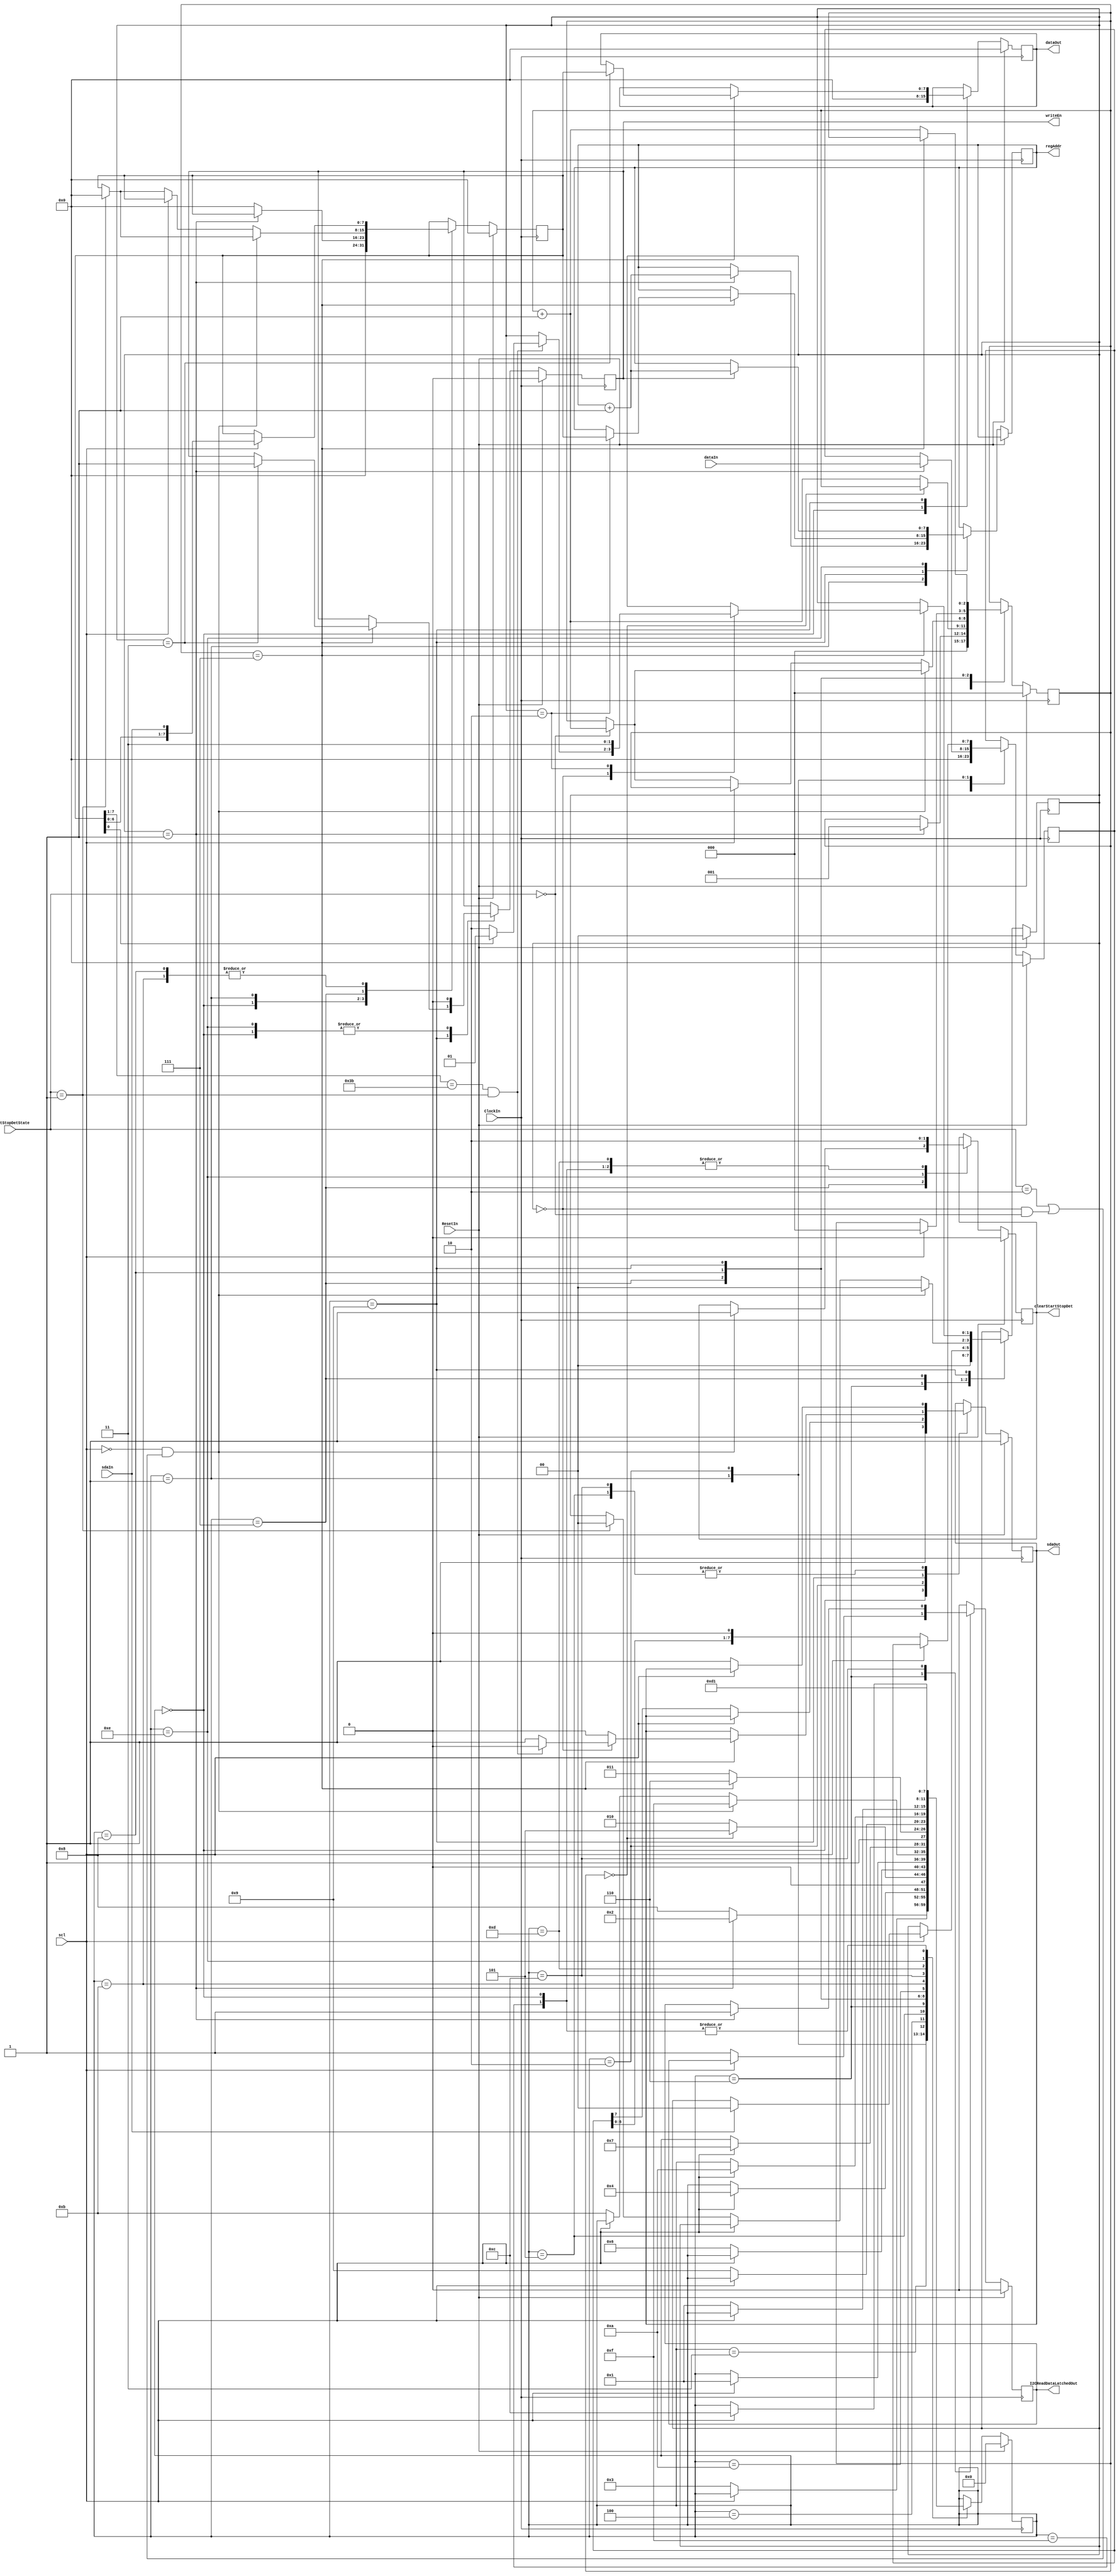
//////////////////////////////////////////////////////////////////////
////                                                              ////
//// serialInterface.v                                            ////
////                                                              ////
//// This file is part of the i2cSlave opencores effort.          ////
//// <http://www.opencores.org/cores//>                           ////
////                                                              ////
//// Module Description:                                          ////
//// Perform all serial to parallel, and parallel                 ////
//// to serial conversions. Perform device address matching       ////
//// Handle arbitrary length I2C reads terminated by NAK          ////
//// from host, and arbitrary length I2C writes terminated        ////
//// by STOP from host                                            ////
//// The second byte of a I2C write is always interpreted         ////
//// as a register address, and becomes the base register address ////
//// for all read and write transactions.                         ////
//// I2C WRITE:    devAddr, regAddr, data[regAddr],               ////
////     data[regAddr+1], ..... data[regAddr+N]                   ////
//// I2C READ:    data[regAddr], data[regAddr+1], .....           ////
////     data[regAddr+N]                                          ////
//// Note that when regAddR reaches 255 it will automatically     ////
////     wrap round to 0                                          ////
////                                                              ////
//// To Do:                                                       ////
////                                                              ////
//// Author(s):                                                   ////
//// - Steve Fielding, sfielding@base2designs.com                 ////
////                                                              ////
//////////////////////////////////////////////////////////////////////
////                                                              ////
//// Copyright (C) 2008 Steve Fielding and OPENCORES.ORG          ////
////                                                              ////
//// This source file may be used and distributed without         ////
//// restriction provided that this copyright statement is not    ////
//// removed from the file and that any derivative work contains  ////
//// the original copyright notice and the associated disclaimer. ////
////                                                              ////
//// This source file is free software; you can redistribute it   ////
//// and/or modify it under the terms of the GNU Lesser General   ////
//// Public License as published by the Free Software Foundation; ////
//// either version 2.1 of the License, or (at your option) any   ////
//// later version.                                               ////
////                                                              ////
//// This source is distributed in the hope that it will be       ////
//// useful, but WITHOUT ANY WARRANTY; without even the implied   ////
//// warranty of MERCHANTABILITY or FITNESS FOR A PARTICULAR      ////
//// PURPOSE. See the GNU Lesser General Public License for more  ////
//// details.                                                     ////
////                                                              ////
//// You should have received a copy of the GNU Lesser General    ////
//// Public License along with this source; if not, download it   ////
//// from <http://www.opencores.org/lgpl.shtml>                   ////
////                                                              ////
//////////////////////////////////////////////////////////////////////

`timescale 1ns / 10ps

module i2cSlaveSerialInterface (

                        ClockIn, 
                        ResetIn, 
                        dataIn,
                        dataOut, 
                        writeEn, 
                        regAddr, 
                        scl, 
                        sdaIn, 
                        sdaOut, 
                        startStopDetState, 
		                clearStartStopDet,
                        I2CReadDataLatchedOut

				        );

//-----Port Parameters-----------------
//

// i2c device address
parameter I2C_ADDRESS = 7'h3b;

// start stop detection states
parameter NULL_DET    = 2'b00;
parameter START_DET   = 2'b01;
parameter STOP_DET    = 2'b10;



//-----Port Signals--------------------
//

input          ClockIn;
input          ResetIn;
input    [7:0] dataIn;
output   [7:0] dataOut;
output         writeEn;
output   [7:0] regAddr;
input          scl;
input          sdaIn;
output         sdaOut;
input    [1:0] startStopDetState;
output         clearStartStopDet;
output         I2CReadDataLatchedOut;


wire           ClockIn;
wire           ResetIn;

wire     [7:0] dataIn;

reg      [7:0] dataOut;
reg      [7:0] next_dataOut;

reg            writeEn;
reg            next_writeEn;

reg      [7:0] regAddr;
reg      [7:0] next_regAddr;

wire           scl;
wire           sdaIn;

reg            sdaOut;
reg            next_sdaOut;

wire     [1:0] startStopDetState;

reg            clearStartStopDet; 
reg            next_clearStartStopDet;

reg            I2CReadDataLatchedOut;


//------Internal Signals-------------------
//

// diagram signals declarations
reg      [2:0] bitCnt;
reg      [2:0] next_bitCnt;

reg      [7:0] rxData;
reg      [7:0] next_rxData;

reg      [1:0] streamSt;
reg      [1:0] next_streamSt;

reg      [7:0] txData;
reg      [7:0] next_txData;

reg      [3:0] CurrState_SISt;
reg      [3:0] NextState_SISt;


//------Define Parameters------------------
//

// stream states
parameter STREAM_IDLE       = 2'b00;
parameter STREAM_READ       = 2'b01;
parameter STREAM_WRITE_ADDR = 2'b10;
parameter STREAM_WRITE_DATA = 2'b11;

// i2c ack and nak
parameter I2C_NAK           = 1'b1;
parameter I2C_ACK           = 1'b0;

// BINARY ENCODED state machine: SISt
// State codes definitions:
parameter START              = 4'b0000;
parameter CHK_RD_WR          = 4'b0001;
parameter READ_RD_LOOP       = 4'b0010;
parameter READ_WT_HI         = 4'b0011;
parameter READ_CHK_LOOP_FIN  = 4'b0100;
parameter READ_WT_LO         = 4'b0101;
parameter READ_WT_ACK        = 4'b0110;
parameter WRITE_WT_LO        = 4'b0111;
parameter WRITE_WT_HI        = 4'b1000;
parameter WRITE_CHK_LOOP_FIN = 4'b1001;
parameter WRITE_LOOP_WT_LO   = 4'b1010;
parameter WRITE_ST_LOOP      = 4'b1011;
parameter WRITE_WT_LO2       = 4'b1100;
parameter WRITE_WT_HI2       = 4'b1101;
parameter WRITE_CLR_WR       = 4'b1110;
parameter WRITE_CLR_ST_STOP  = 4'b1111;


//------Logic Operations-------------------
//

// Diagram actions (continuous assignments allowed only: assign ...)
// diagram ACTION


// Machine: SISt

// NextState logic (combinatorial)
always @ (startStopDetState or 
		  streamSt          or 
		  scl               or 
		  txData            or 
		  bitCnt            or 
		  rxData            or 
		  sdaIn             or 
		  regAddr           or 
		  dataIn            or 
		  sdaOut            or 
		  writeEn           or 
		  dataOut           or 
		  clearStartStopDet or 
		  CurrState_SISt
         )
begin

  NextState_SISt         <= CurrState_SISt;
  // Set default values for outputs and signals
  next_streamSt          <= streamSt;
  next_txData            <= txData;
  next_rxData            <= rxData;
  next_sdaOut            <= sdaOut;
  next_writeEn           <= writeEn;
  next_dataOut           <= dataOut;
  next_bitCnt            <= bitCnt;
  next_clearStartStopDet <= clearStartStopDet;
  next_regAddr           <= regAddr;

  case (CurrState_SISt)  // synopsys parallel_case full_case
    START:
    begin
      next_streamSt  <= STREAM_IDLE;
      next_txData    <= 8'h00;
      next_rxData    <= 8'h00;
      next_sdaOut    <= 1'b1;
      next_writeEn   <= 1'b0;
      next_dataOut   <= 8'h00;
      next_bitCnt    <= 3'b000;
      next_clearStartStopDet  <= 1'b0;
      NextState_SISt <= CHK_RD_WR;
      //I2CReadDataLatchedOut <= 0;
    end
    CHK_RD_WR:
    begin
      if (streamSt == STREAM_READ)
      begin
        NextState_SISt <= READ_RD_LOOP;
        next_txData    <= dataIn;
        next_regAddr   <= regAddr + 1'b1;
        next_bitCnt    <= 3'b001;
        //I2CReadDataLatchedOut <= ~I2CReadDataLatchedOut;
      end
      else
      begin
        NextState_SISt <= WRITE_WT_HI;
        next_rxData    <= 8'h00;
      end
    end
    READ_RD_LOOP:
    begin
      if (scl == 1'b0)
      begin
        NextState_SISt <= READ_WT_HI;
        next_sdaOut    <= txData [7];
        next_txData    <= {txData [6:0], 1'b0};
      end
    end
    READ_WT_HI:
    begin
      if (scl == 1'b1)
      begin
        NextState_SISt <= READ_CHK_LOOP_FIN;
      end
    end
    READ_CHK_LOOP_FIN:
    begin
      if (bitCnt == 3'b000)
      begin
        NextState_SISt <= READ_WT_LO;
      end
      else
      begin
        NextState_SISt <= READ_RD_LOOP;
        next_bitCnt    <= bitCnt + 1'b1;
        //if (bitCnt == 3)  I2CReadDataLatchedOut <= ~I2CReadDataLatchedOut;
      end
    end
    READ_WT_LO: begin
      if (scl == 1'b0) begin
        NextState_SISt <= READ_WT_ACK;
        next_sdaOut <= 1'b1;
      end
    end
    READ_WT_ACK: begin
        if (scl == 1'b1) begin
            NextState_SISt    <= CHK_RD_WR;
            if (sdaIn == I2C_NAK) begin
                next_streamSt <= STREAM_IDLE;
            end
        end
    end
    WRITE_WT_LO: begin
        if ((scl == 1'b0) && (startStopDetState == STOP_DET || (streamSt == STREAM_IDLE && startStopDetState == NULL_DET))) begin
            NextState_SISt <= WRITE_CLR_ST_STOP;
            case (startStopDetState)
            NULL_DET:
            next_bitCnt    <= bitCnt + 1'b1;
            START_DET: begin
                next_streamSt <= STREAM_IDLE;
                next_rxData   <= 8'h00;
            end
            default: ;
            endcase
            next_streamSt          <= STREAM_IDLE;
            next_clearStartStopDet <= 1'b1;
        end else if (scl == 1'b0) begin
            NextState_SISt <= WRITE_ST_LOOP;
            case (startStopDetState)
                NULL_DET:
                next_bitCnt <= bitCnt + 1'b1;
                START_DET: begin
                    next_streamSt <= STREAM_IDLE;
                    next_rxData   <= 8'h00;
                end
                default: ;
            endcase
        end
    end
    WRITE_WT_HI:
    begin
      if (scl == 1'b1)
      begin
        NextState_SISt <= WRITE_WT_LO;
        next_rxData    <= {rxData [6:0], sdaIn};
        next_bitCnt    <= 3'b000;
      end
    end
    WRITE_CHK_LOOP_FIN:
    begin
      if (bitCnt == 3'b111)
      begin
        NextState_SISt <= WRITE_CLR_WR;
        next_sdaOut    <= I2C_ACK;
        case (streamSt)
        STREAM_IDLE: begin
            if (rxData[7:1] == I2C_ADDRESS && startStopDetState == START_DET) begin
                if (rxData[0] == 1'b1)
                    next_streamSt <= STREAM_READ;
                else
                    next_streamSt <= STREAM_WRITE_ADDR;
            end else
                next_sdaOut <= I2C_NAK;
        end
        STREAM_WRITE_ADDR: begin
            next_streamSt <= STREAM_WRITE_DATA;
            next_regAddr  <= rxData;
        end
        STREAM_WRITE_DATA: begin
            next_dataOut  <= rxData;
            next_writeEn  <= 1'b1;
        end
        default:
            next_streamSt <= streamSt;
        endcase
      end
      else
      begin
        NextState_SISt <= WRITE_ST_LOOP;
        next_bitCnt    <= bitCnt + 1'b1;
      end
    end
    WRITE_LOOP_WT_LO:
    begin
      if (scl == 1'b0)
      begin
      // send read select signal after 7-bits of the slave address are grabbed, to ensure read select is 
      // active in time to be sampled.
        NextState_SISt <= WRITE_CHK_LOOP_FIN;
      end
    end
    WRITE_ST_LOOP:
    begin
      if (scl == 1'b1)
      begin
        NextState_SISt <= WRITE_LOOP_WT_LO;
        next_rxData    <= {rxData [6:0], sdaIn};
      end
    end
    WRITE_WT_LO2:
    begin
      if (scl == 1'b0)
      begin
        NextState_SISt <= CHK_RD_WR;
        next_sdaOut    <= 1'b1;
      end
    end
    WRITE_WT_HI2:
    begin
      next_clearStartStopDet <= 1'b0;
      if (scl == 1'b1)
      begin
        NextState_SISt       <= WRITE_WT_LO2;
      end
    end
    WRITE_CLR_WR:
    begin
      if (writeEn == 1'b1)
      next_regAddr           <= regAddr + 1'b1;
      next_writeEn           <= 1'b0;
      next_clearStartStopDet <= 1'b1;
      NextState_SISt         <= WRITE_WT_HI2;
    end
    WRITE_CLR_ST_STOP:
    begin
      next_clearStartStopDet <= 1'b0;
      NextState_SISt         <= CHK_RD_WR;
    end
  endcase
end

// Current State Logic (sequential)
always @ (posedge ClockIn)
begin
  if (ResetIn == 1'b1)
    CurrState_SISt <= START;
  else
    CurrState_SISt <= NextState_SISt;
end

// Registered outputs logic
always @ (posedge ClockIn) begin
    if (ResetIn) begin
        sdaOut   <= 1'b1;
        writeEn  <= 1'b0;
        dataOut  <= 8'h00;
        clearStartStopDet <= 1'b0;
        // regAddr <=     // Initialization in the reset state or default value required!!
        streamSt <= STREAM_IDLE;
        txData   <= 8'h00;
        rxData   <= 8'h00;
        bitCnt   <= 3'b000;
    end else begin
        sdaOut   <= next_sdaOut;
        writeEn  <= next_writeEn;
        dataOut  <= next_dataOut;
        clearStartStopDet <= next_clearStartStopDet;
        regAddr  <= next_regAddr;
        streamSt <= next_streamSt;
        txData   <= next_txData;
        rxData   <= next_rxData;
        bitCnt   <= next_bitCnt;
    end
end


always @(posedge ClockIn) begin
	if (ResetIn) begin
		I2CReadDataLatchedOut <= 1'b0;
	end else begin
		case (CurrState_SISt)
//			START:					    I2CReadDataLatchedOut <= 1'b0;
//			CHK_RD_WR:				if (streamSt == STREAM_READ)
//										I2CReadDataLatchedOut <= ~I2CReadDataLatchedOut;
//			READ_CHK_LOOP_FIN:		if (bitCnt == 3)
//										I2CReadDataLatchedOut <= ~I2CReadDataLatchedOut;
            READ_WT_ACK:
			begin
                if ( scl == 1'b0) 
				    I2CReadDataLatchedOut <= 1'b1;
            end
            WRITE_WT_LO2:
            begin
              if (streamSt == STREAM_READ)
				I2CReadDataLatchedOut <= 1'b1;
            end
			default: 				    I2CReadDataLatchedOut <=  1'b0;
//			default: 				    I2CReadDataLatchedOut <=  I2CReadDataLatchedOut;
		endcase
	end
end


endmodule